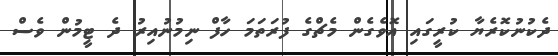
ދެކުނުކޮރެޔާ ކުރީގައި އޮވެގެން މެޗްގެ ފުރަތަމަ ހާފް ނިމުނުއިރު ދެ ޓީމުން ވެސް